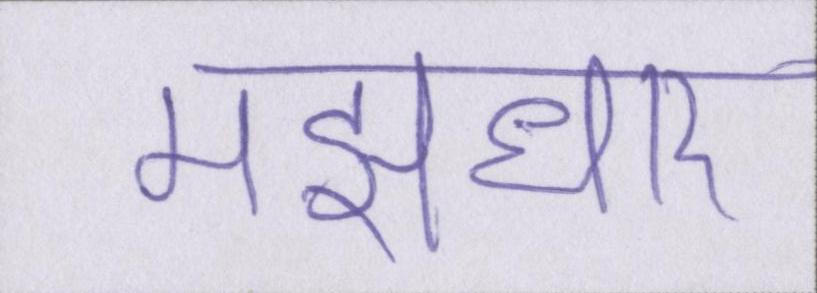
मझधार